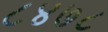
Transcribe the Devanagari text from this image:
८४७८